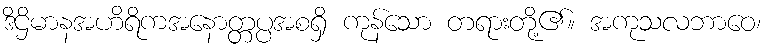
ဒိဌိမာနအဟိရိကအနောတ္တပ္ပအစရှိ ကုန်သော တရားတို့၏။ အကုသလဘာဝေ၊